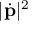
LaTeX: | { \dot { \mathbf { p } } } | ^ { 2 }